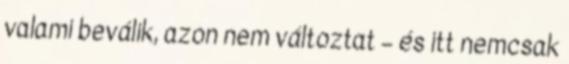
valami beválik, azon nem változtat – és itt nemcsak